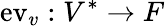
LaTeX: \mathrm{ev}_{v}:V^{*}\to F